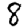
Digit: 8